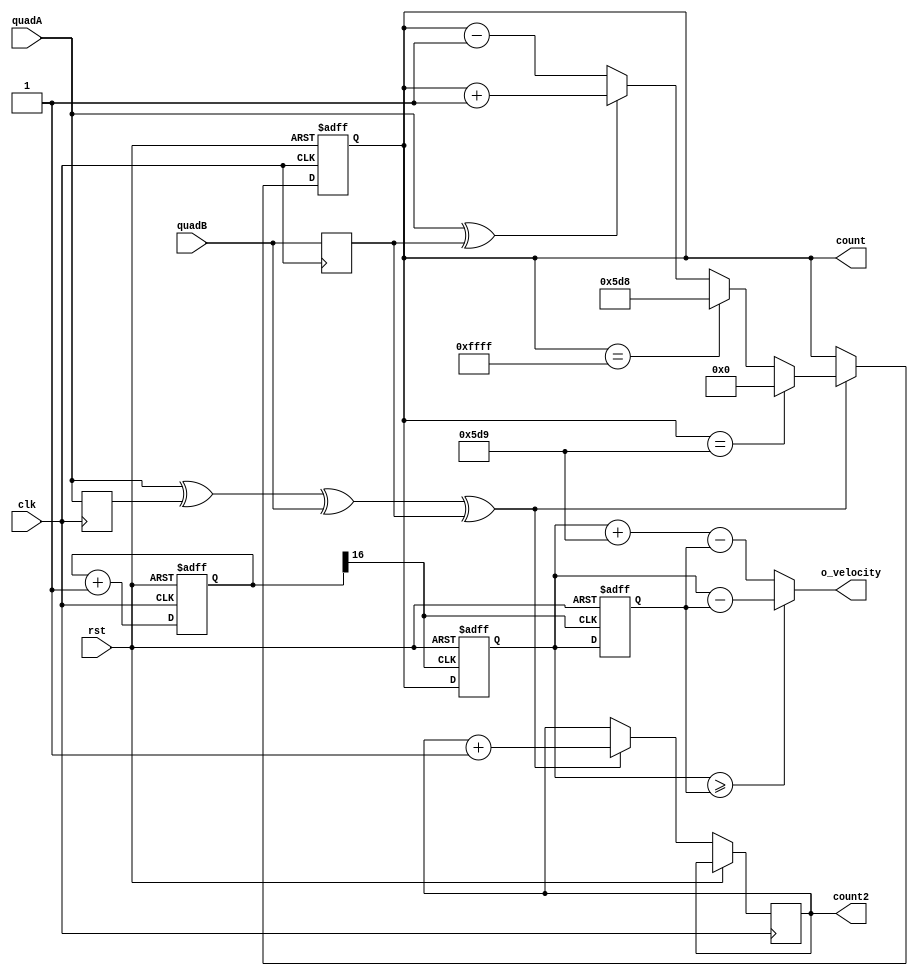
`timescale 1ns / 1ps
//////////////////////////////////////////////////////////////////////////////////
// Company: 
// Engineer: 
// 
// Design Name: 
// Module Name:    quaDecodeV2 
// Project Name: 
// Target Devices: 
// Tool versions: 
// Description: 
//
// Dependencies: 
//
// Revision: 
// Revision 0.01 - File Created
// Additional Comments: 
//
//////////////////////////////////////////////////////////////////////////////////
module quad(clk, quadA, quadB, count, rst, o_velocity, count2);
input clk, quadA, quadB, rst;
output [15:0] count;
output [15:0] o_velocity;
output [31:0] count2;

reg quadA_delayed, quadB_delayed;
reg [16:0] r_Counter = 'd0;
wire w_Clk_7;

always @(posedge clk) quadA_delayed <= quadA;
always @(posedge clk) quadB_delayed <= quadB;

wire count_enable = quadA ^ quadA_delayed ^ quadB ^ quadB_delayed;
wire count_direction = quadA ^ quadB_delayed;

reg [15:0] count_prev = 'd0;
reg [15:0] r_velocity = 'd0;

reg [15:0] count = 'd0; // count for speed calculating
reg [31:0] count2 = 'd0; // count pulse

reg [15:0] r_diff = 'd0;

wire [15:0] w_diff;


always @(posedge clk, posedge rst)
begin
  if (rst)
  begin
   r_Counter <= 0;
	count<=0;
	r_diff <= 0;
	//count_prev <= 0;
  end
  else 
	  begin 
	   //r_diff <= w_diff;
		r_Counter <= r_Counter + 1;
		if(count_enable)
		  begin
			if(count_direction) 
				begin 
					count<=count+1; 
					count2 <= count2 + 1;
				end 
				else begin 
					count<=count-1;
					count2 <= count2 + 1;
				end
			 if (count == 1497) // For speed calculating
				count <= 0;
			 else if (count == 'b1111_1111_1111_1111)
				count <= 1496;
		  end
	  end
end

assign w_Clk_7 = r_Counter[16]; // Divide by 2^17, generate 11ms sampling time

reg [15:0] r_count, r_countPrev;

always @(posedge w_Clk_7, posedge rst) // each 11ms
begin	
   if (rst)
	begin
		r_countPrev <= 0;
		r_count <= 0;
	end
	else begin
		r_countPrev <= r_count;
		r_count <= count;
	end
end

assign w_diff = (r_count >= r_countPrev) ? (r_count - r_countPrev) : (r_count + 'd1497 - r_countPrev);
//Number of pulses per 11ms

/* Use this for direct velocity calculation */

//wire [15:0] w_rShift1, w_lShift1, w_lShift3;
//assign w_rShift1 = w_diff >> 1;
//assign w_lShift1 = w_diff << 1;
//assign w_lShift3 = w_diff >> 3;
//assign o_velocity = w_diff + w_rShift1 + w_lShift1 + w_lShift3;// (2+1+1/2+1/8)*w_diff

/* Use this for output Delta Pulse in sampling period of times*/

assign o_velocity = w_diff;

endmodule